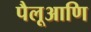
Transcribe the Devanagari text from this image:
पैलूआणि